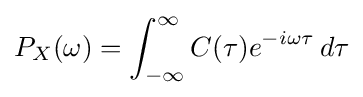
P_{X}(\omega )=\int _{-\infty }^{\infty }C(\tau )e^{-i\omega \tau }\,d\tau